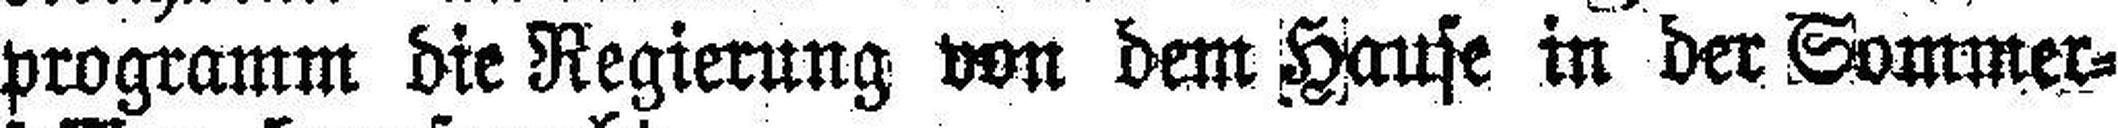
programm die Regierung von dem Hause in der Sommer¬